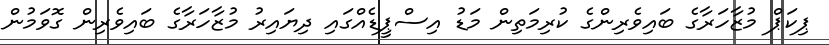
ޕިކަޕް މުޒާހަރާގެ ބައިވެރިންގެ ކުރިމަތިން މަޑު އިސްޕީޑެއްގައި ދިޔައިރު މުޒާހަރާގެ ބައިވެރިން ގޮވަމުން